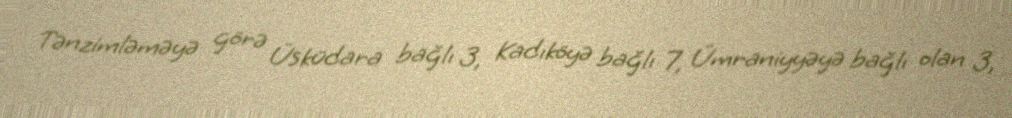
Tənzimləməyə görə Üsküdara bağlı 3, Kadıköyə bağlı 7, Ümraniyyəyə bağlı olan 3,